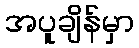
အပူချိန်မှာ